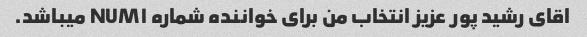
اقای رشید پور عزیز انتخاب من برای خواننده شماره NUM۱ میباشد.